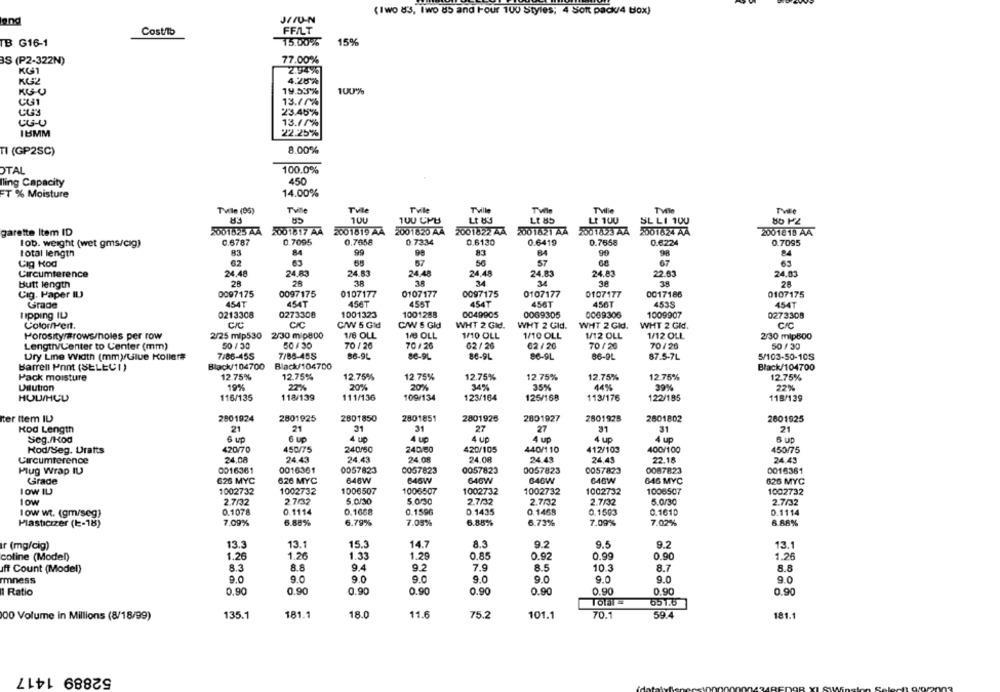
(Iwo 83, Iwo 85 and Four 100 Styles; 4 Soft pack/4 box)
lang
JAIUN
Cost/lb
FFILT
15.00%
15%
TB G16-1
BS (P2-322N)
77.00%
KG1
2.94%
4.28%
19.53%
100%
KG-U
13.70%
23.46%
CG-U
13.11%
IBMM
22.25%
TI (GP2SC)
8.00%
OTAL
100.0%
lling Capacity
450
14.00%
FT % Moisture
Tvile (96)
TVille
CA
TVle
Tvile
Tville
TVille
Twle
100
Lt 83
Lt 85
LE 100
SL LI 100
garette Item ID
2001625 AA 2001817 AA
2001819 AA
2001820 AA
2001822 44
2001621 AA
2001823 AA
2001824 AA
2001818 AA
0.6787
0.7095
0.7658
0.7334
0.6130
0.6419
0.7658
0.7095
lob. weight (wet gms/cag)
0.6224
total length
83
84
99
83
B4
90
Lig Kod
62
67
57
67
Circumference
24.48
24.83
24.83
24.48
24.48
24.83
24.83
22.63
24.03
butt length
28
28
38
3.8
34
34
35
25
Cig. Paper IL
0097175
0097175
0107177
0107177
0097175
0107177
0107177
0017186
0107175
Grade
454T
454T
456T
45ST
4547
456T
456T
453S
454T
tipping IL
0213308
0273308
1001323
1001288
0049905
0069305
0009306
1009907
0273308
Coloriert.
C/C
CIC
C/W 5 Gid
C/W S Gld
WHT 2 Gld.
WHT 2 GId.
WHT 2 GId.
WHT 2 GId.
CIC
Porosity rows/noles per row
2/25 mlp530
2/30 mlp800
1/8 OLL
1/8 OLL
1/10 OLL
1/10 OLL
1/12 OLL
1/12 OLL
2/30 mip600
Length/Lenter to Center (mm)
50 1 30
50/30
70 / 26
70 /26
62/ 26
02 / 20
70/20
70/26
50 / 30
Ury Line Width (mm)/Glue Koller#
7/86-455
7/88-45S
86-9L
86-9L
86-9L
86-9L
86-9L
87.5-7L
5/103-50-105
Barren Pont (SELECI)
Black/104700
Black/104700
Black/104700
Pack moisture
12 75%
12.75%
12.75%
12.75%
12.75%
12.75%
12.75%
12.75%
12.75%
Dilution
19%
22%
20%
20%
34%
3.5%
44%
39%
22%
HOU/HCD
116/135
118/139
111/136
109/134
123/164
125/168
113/176
122/185
118/139
iter ttem IL
2801924
2801925
2801850
2801851
2801925
2801927
2801928
2801802
2601925
Kod Length
21
21
31
31
27
27
31
3
21
Seg./Hod
6 ug
4 LIO
4 up
4 up
4 UP
4 up
Kod/Seg. Drafts
420/70
450/75
240/50
240/80
420/105
440/110
412/103
400/100
450/75
Circumference
24,08
24.43
24.43
24.08
24.08
24.43
24,45
22.18
24.45
Plug Wrap IU
0016361
0016361
0057823
0057823
0057823
0057823
0057823
0087823
0016361
Grade
626 MYC
626 MYC
646W
646W
646W
646W
646W
646 MYC
626 MYC
IOW IL
1002732
1002732
1006507
1006507
1002732
1002732
1002732
1006507
1002732
Low
2.7/32
2.7/32
5.0/30
5.030
2.7/32
2.7/32
2.7/32
5.0/30
2.7/32
0.1078
0.1114
0.1668
0.1596
0.1435
0.1468
0.1503
0.1610
0.1114
low wt. (gm/seg)
Plasticzzer (E-18)
7.09%
6.88%
6.79%
7.03%
6.88%
6.73%
7.09%
7.02%
6.88%
Ir (mg/cig)
13.3
13.1
15.3
14.7
8.3
9.2
9.5
9.2
13.1
cotine (Model)
1.26
1.26
1.33
1.29
0.85
0.92
0.99
0.90
1.26
8.8
9.4
9.2
7.9
8.5
10.3
8.7
8.8
aff Count (Model)
Imness
9.0
9.0
9.0
9.0
9.0
9.0
9.0
9.0
9.0
Ratio
0,90
0.90
0.90
0.90
0.90
0.90
0.90
0.90
0.90
Total =
651.6
135.1
181.1
18.0
11.6
75.2
101.1
70.1
59.4
181.1
00 Volume In Millions (8/18/99)
52889 1417